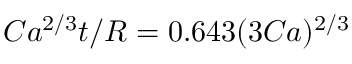
C a ^ { 2 / 3 } t / R = 0 . 6 4 3 ( 3 C a ) ^ { 2 / 3 }